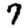
Digit: 7